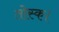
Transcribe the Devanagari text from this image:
तोस्क।